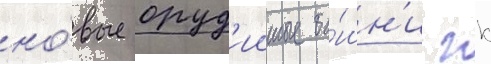
но́вые оруд'ииные ба́шн'и гк